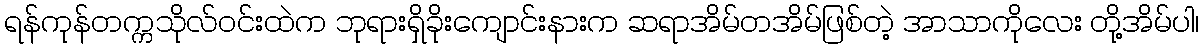
ရန်ကုန်တက္ကသိုလ်ဝင်းထဲက ဘုရားရှိခိုးကျောင်းနားက ဆရာအိမ်တအိမ်ဖြစ်တဲ့ အာသာကိုလေး တို့အိမ်ပါ၊